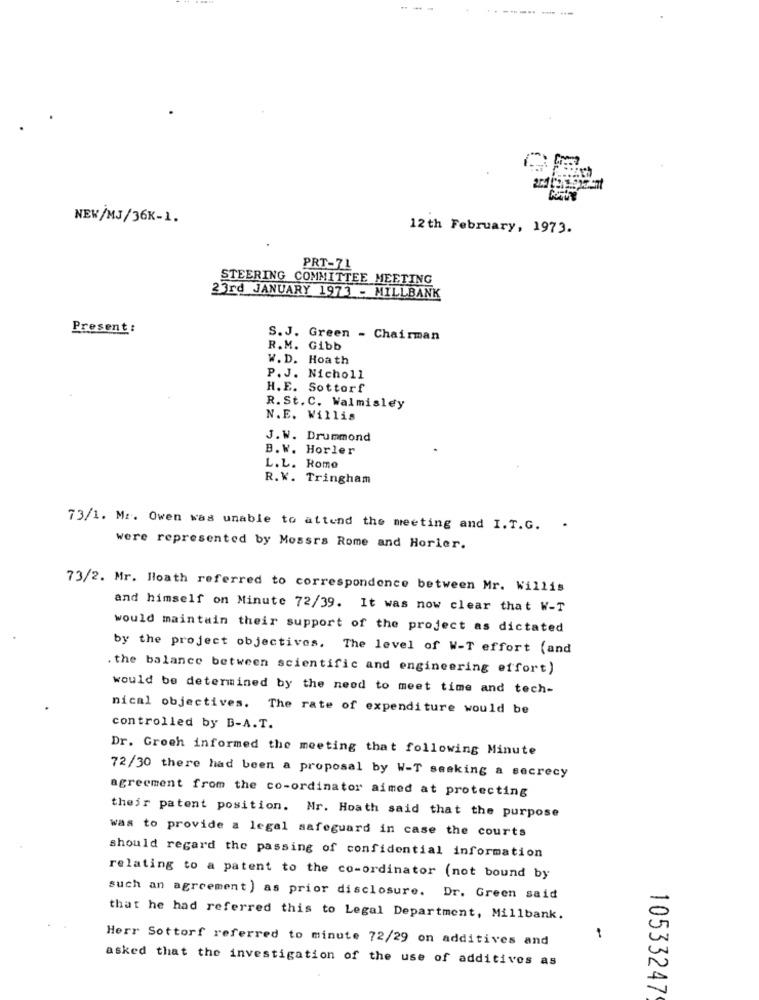
---
NEW/MJ/36K-1.
12th February, 1973.
PRT-71
STEERING COMMITTEE MEETING
23rd JANUARY 1973 - MILLBANK
Present:
S.J. Green - Chairman
R.M. Gibb
W. D. Hoath
P. J. Nicholl
H. E. Sottorf
R. St.C. Walmisley
N.E. Willis
J.W. Drummond
B. W. Horler
L.L. Romo
R.K. Tringham
73/1. Mr. Owen was unable to attend the meeting and I. T.G.
were represented by Mossrs Rome and Horler.
73/2. Mr. Hoath referred to correspondence between Mr. Willis
and himself on Minute 72/39. It was now clear that W-T
would maintain their support of the project as dictated
by the project objectives. The level of W-T effort (and
. the balance between scientific and engineering effort)
would be determined by the need to meet time and tech-
nical objectives. The rate of expenditure would be
controlled by B-A.T.
Dr. Groch informed the meeting that following Minute
72/30 there had been a proposal by W-T seaking a secrecy
agreement from the co-ordinator aimed at protecting
their patent position. Nr. Hoath said that the purpose
was to provide a legal safeguard in case the courts
should regard the passing of confidential information
relating to a patent to the co-ordinator (not bound by
such an agreement ) as prior disclosure. Dr. Green said
that he had referred this to Legal Department, Millbank.
Herr Sottorf referred to minute 72/29 on additives and
asked that the investigation of the use of additives as
10533247